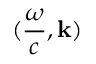
( { \frac { \omega } { c } } , \mathbf { k } )